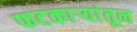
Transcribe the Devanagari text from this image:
फटकाऱ्यांतून